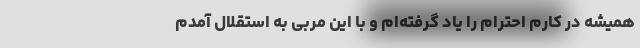
همیشه در کارم احترام را یاد گرفته‌ام و با این مربی به استقلال آمدم